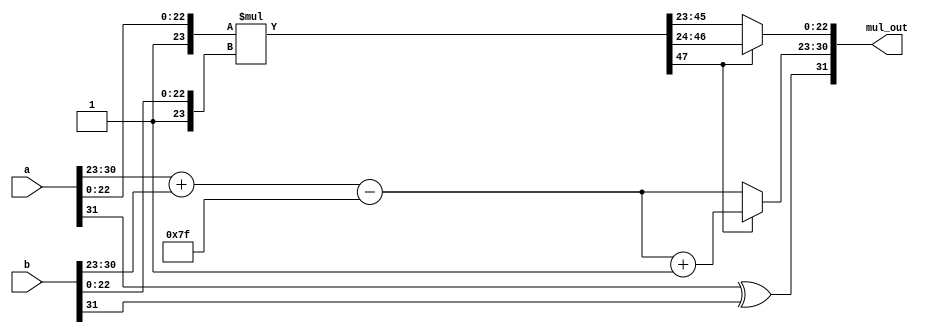
module fpmultiplier(a,b,mul_out);
input [31:0] a,b;
wire [47:0] f;
wire [23:0] s1,s2;
wire [7:0] e1,e2;
wire [7:0] exp,exp1;
wire [23:0] reg1,reg2,reg3;
wire [22:0] final;
wire msb;
xor(msb,a[31],b[31]);
output [31:0] mul_out;

//denormalize the significands
assign s1={1'b1,a[22:0]};
assign s2={1'b1,b[22:0]};
assign e1=a[30:23];
assign e2=b[30:23];

//we add the exponents and subtract 127 for biasing purpose
assign exp=e1+e2-127;

//multiply the significands
assign f=s1*s2;
assign reg2=f[23:0];
assign reg1=f[47:24];

//if the final matissa has 0 as the 24th bit left shift it and take the remaning 22 bits excluding the most significand bit. this is called normalization
assign reg3=((reg1[23]==0) ? {reg1[22:0],reg2[23]}:reg1);

//depending on how many bits shifted assign the value to the exponent
assign exp1=(reg1[23]==0) ? exp:exp+1;
assign final=reg3[22:0];

//from the above obtained values we can then write mul_out
assign mul_out={msb,exp1,final};
endmodule